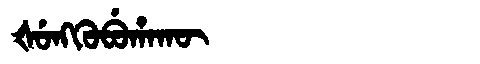
Manchu: ᡧᡠᠩᡴᡠᠪᡠᡥᠠᡴᡡ
Romanization: ŠUNGKUBUHAKŪ